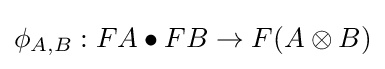
\phi _{A,B}:FA\bullet FB\to F(A\otimes B)